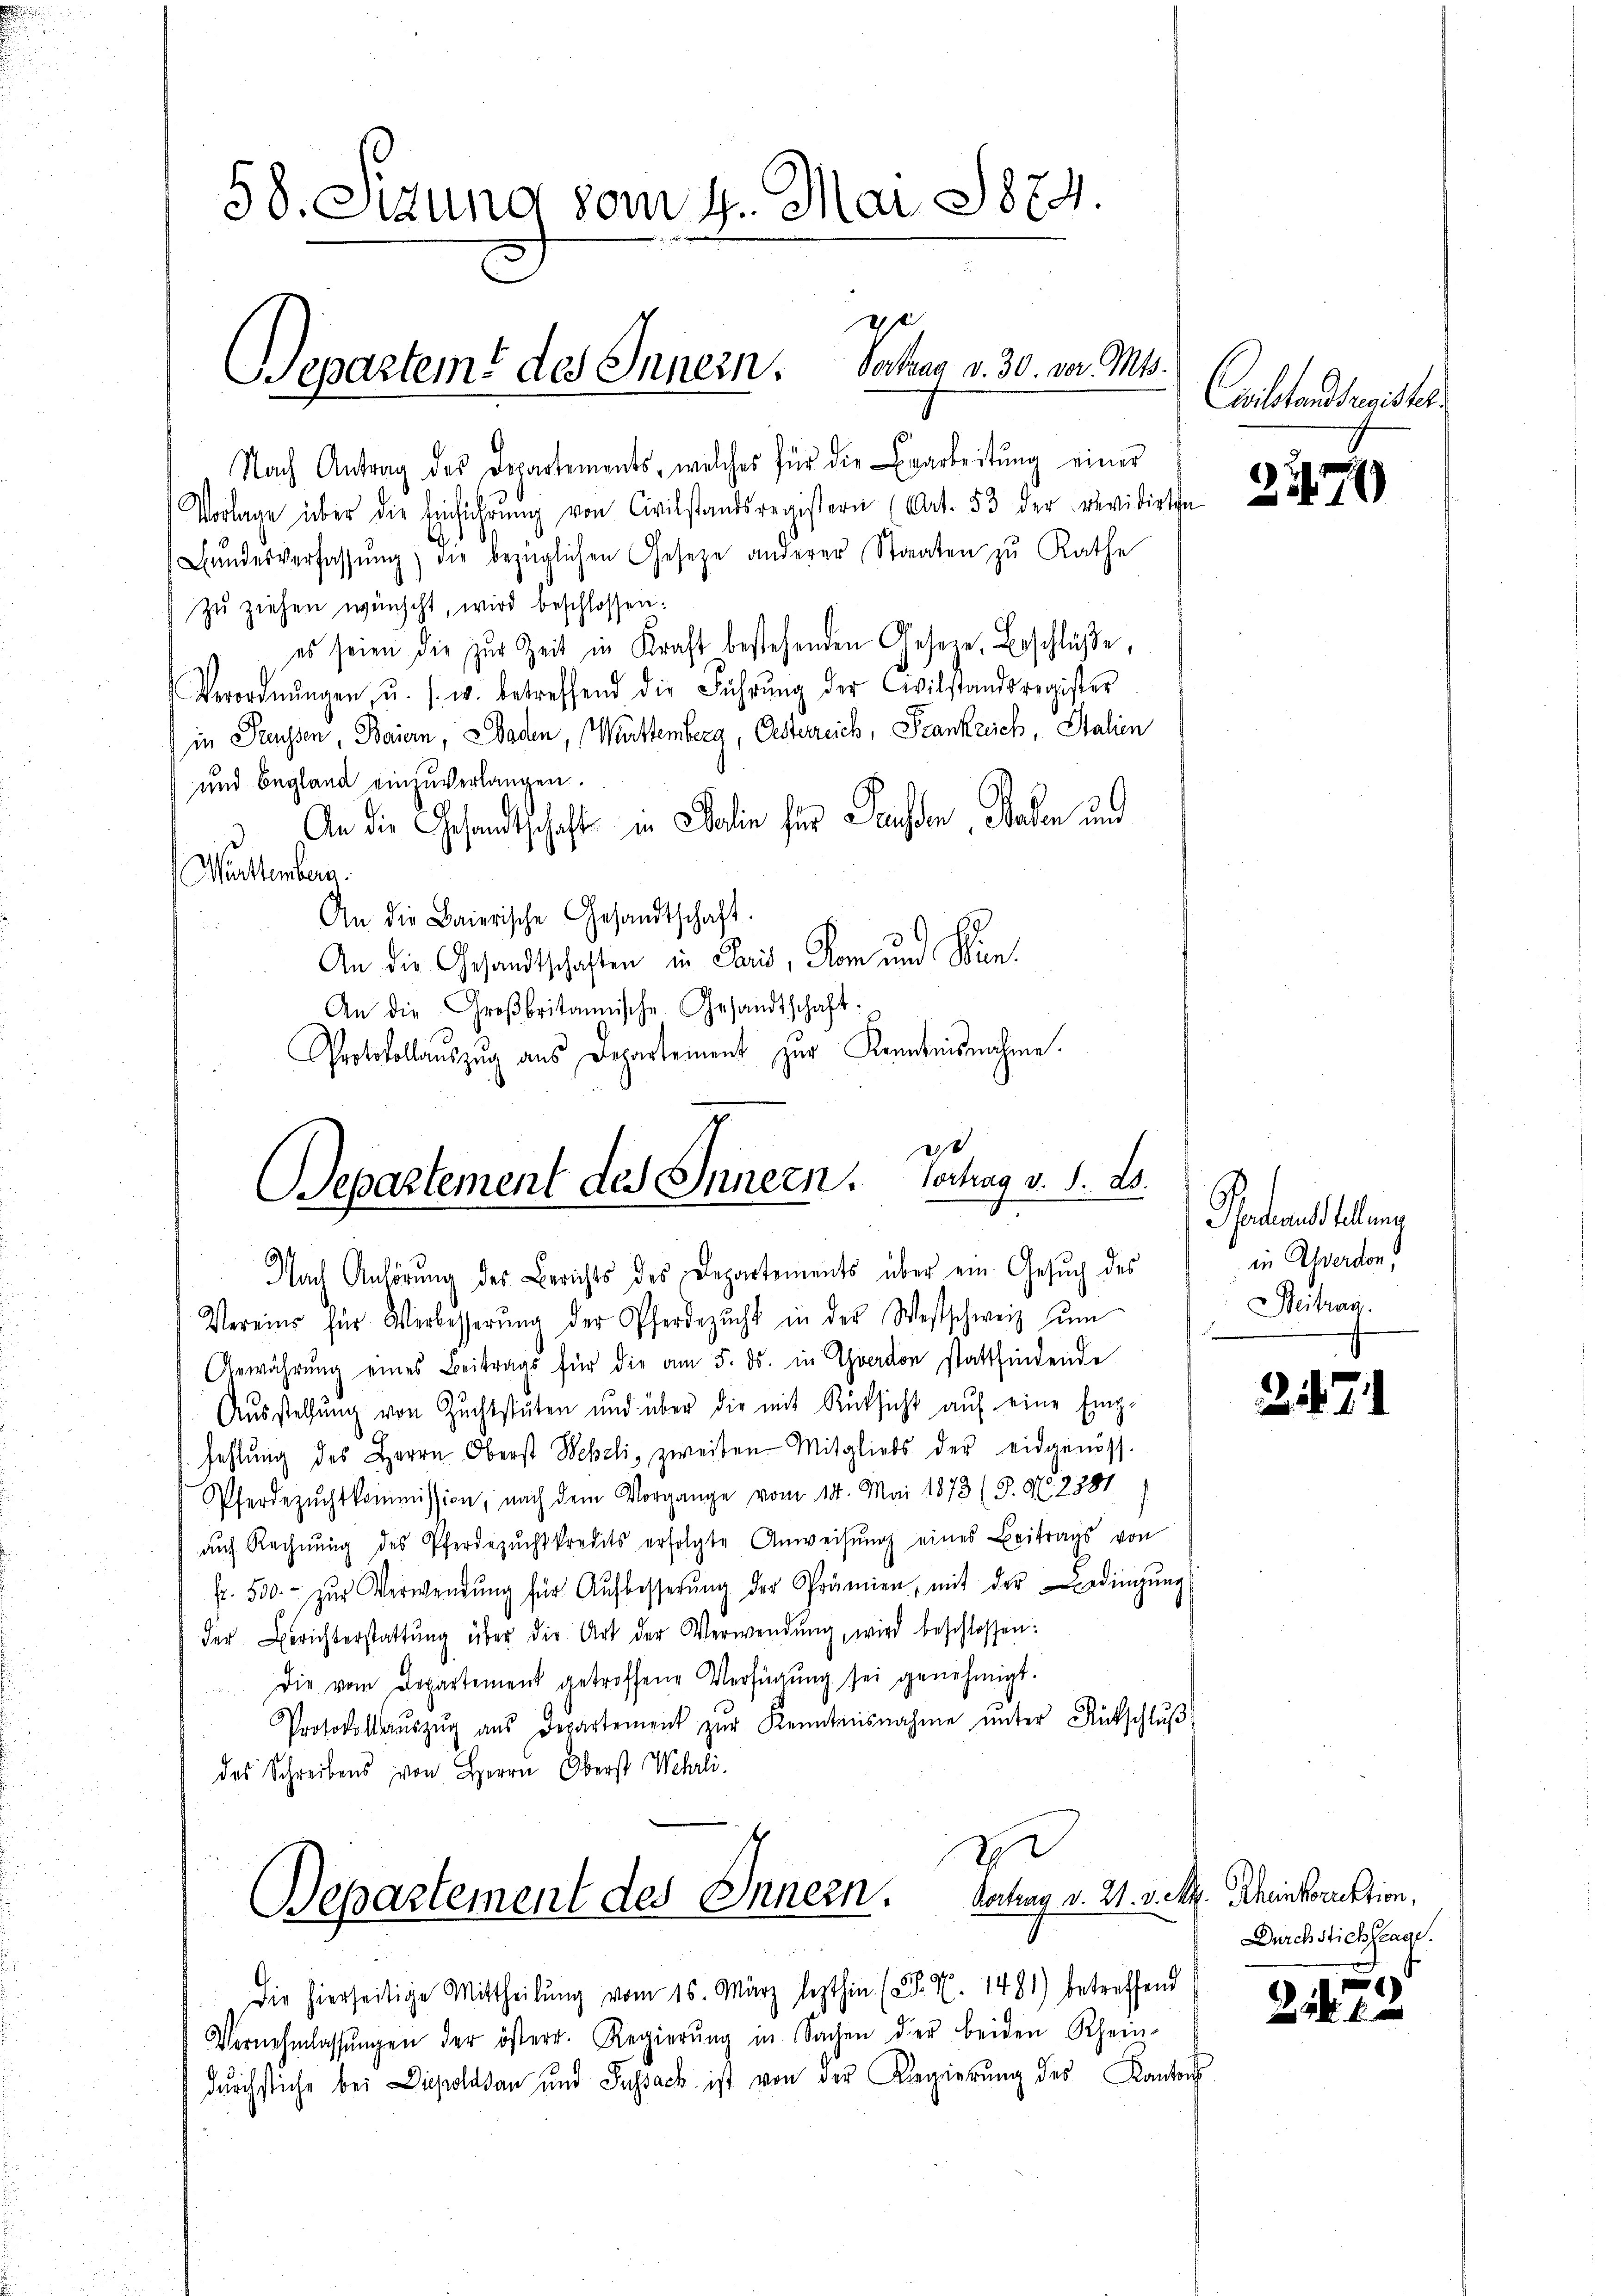
58. Sitzung vom 4. Mai 1874.

s
Separteme des Innern. Vertrag v. 30. vor. Mt.

Nach Antrag des Departements, welches für die Bearbeitung einer
Vorlage über die Einführŭng von Civilstandsregistern (Art. 53 der revidirt.
Bŭndesverfassŭng die bezüglichen Gesetze anderer Staaten zu Rathe
zŭ ziehen wünscht, wird beschlossen:
es seien die zŭr Zeit in Kraft bestehenden Gesere Beschlüsse,
Verordnŭngen, u. s. w. betreffend die Führŭng der Civilstandsregister
in Preussen, Baiern, Baden, Württemberg, Oestereich, Frankreich, Stalien
und Begland einzuverlangen.
) An die Gesandtschaft in Salin für Pausen, Baden und
Maltenbera
An die Baierische Gesandtschaft.
An die Gesandtschaften in Paris, Rom und Win¬
An die Großbritannische Gesandtschaft:
Protokollauszug aus Departement zur Kenntnisnahme.
es

SSepartement des Innern. Vortrag v. 1. ds.
Nach Anhörung des Berichts des Departements über ein Gesŭch des

Vereins für Verbesserŭng der Pferdezŭcht in der Westschweiz zŭm
Anwährŭng eines Beitrags für die am 5. ds. in verdon stattfindende
Aŭsstellŭng von Zŭchtstuten und über die mit Rücksicht auf eine Emp-
fehlŭng des Herrn Oberst Wehrli, zweiten Mitglieds der eidgenöss
Pferdezŭchtkommission, nach dem Vorgange vom 14. Mai 1873 (5. No. 2381
auf Rechnŭng des Pferdezŭchtkredits erfolgte Anweisŭng eines Beitrags von
Fr. 500.- zŭr Verwendŭng für Aŭfbesserŭng der Prämien, mit der Bedingŭng
der Berichterstattŭng über die Art der Verwendŭng, wird beschlossen:
Die vom Departement getroffene Verfügŭng sei genehmigt.
Protokollaŭszŭg aŭs Departement zŭr Kenntnisnahme ŭnter Rückschlŭβ
des Schreibens von Herrn Oberst Wehrli

3.

Ich
Separtement des Innern. Rechag v. 21. v. M. Rheinkorrektion,

Civilstandsmeister.

Die hierseitige Mittheilŭng vom 15. März lezthin. (T. N. 1481) betreffend
Vernehmlassŭngen der österr. Regierŭng in Sachen der beiden Rhein-
durchstiche bei Dippoldsau und Sassack ist von der Regierung des Kantons

2274)

Pfostenstellung
in Asserden.
Beitrag.
s

247.

Durchstichstage.

21222

.